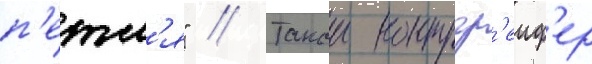
п'етл'я" // Такои контргр'еиф'ер